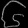
Digit: ၆